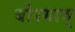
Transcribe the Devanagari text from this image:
बोरगाव्